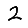
Digit: 2